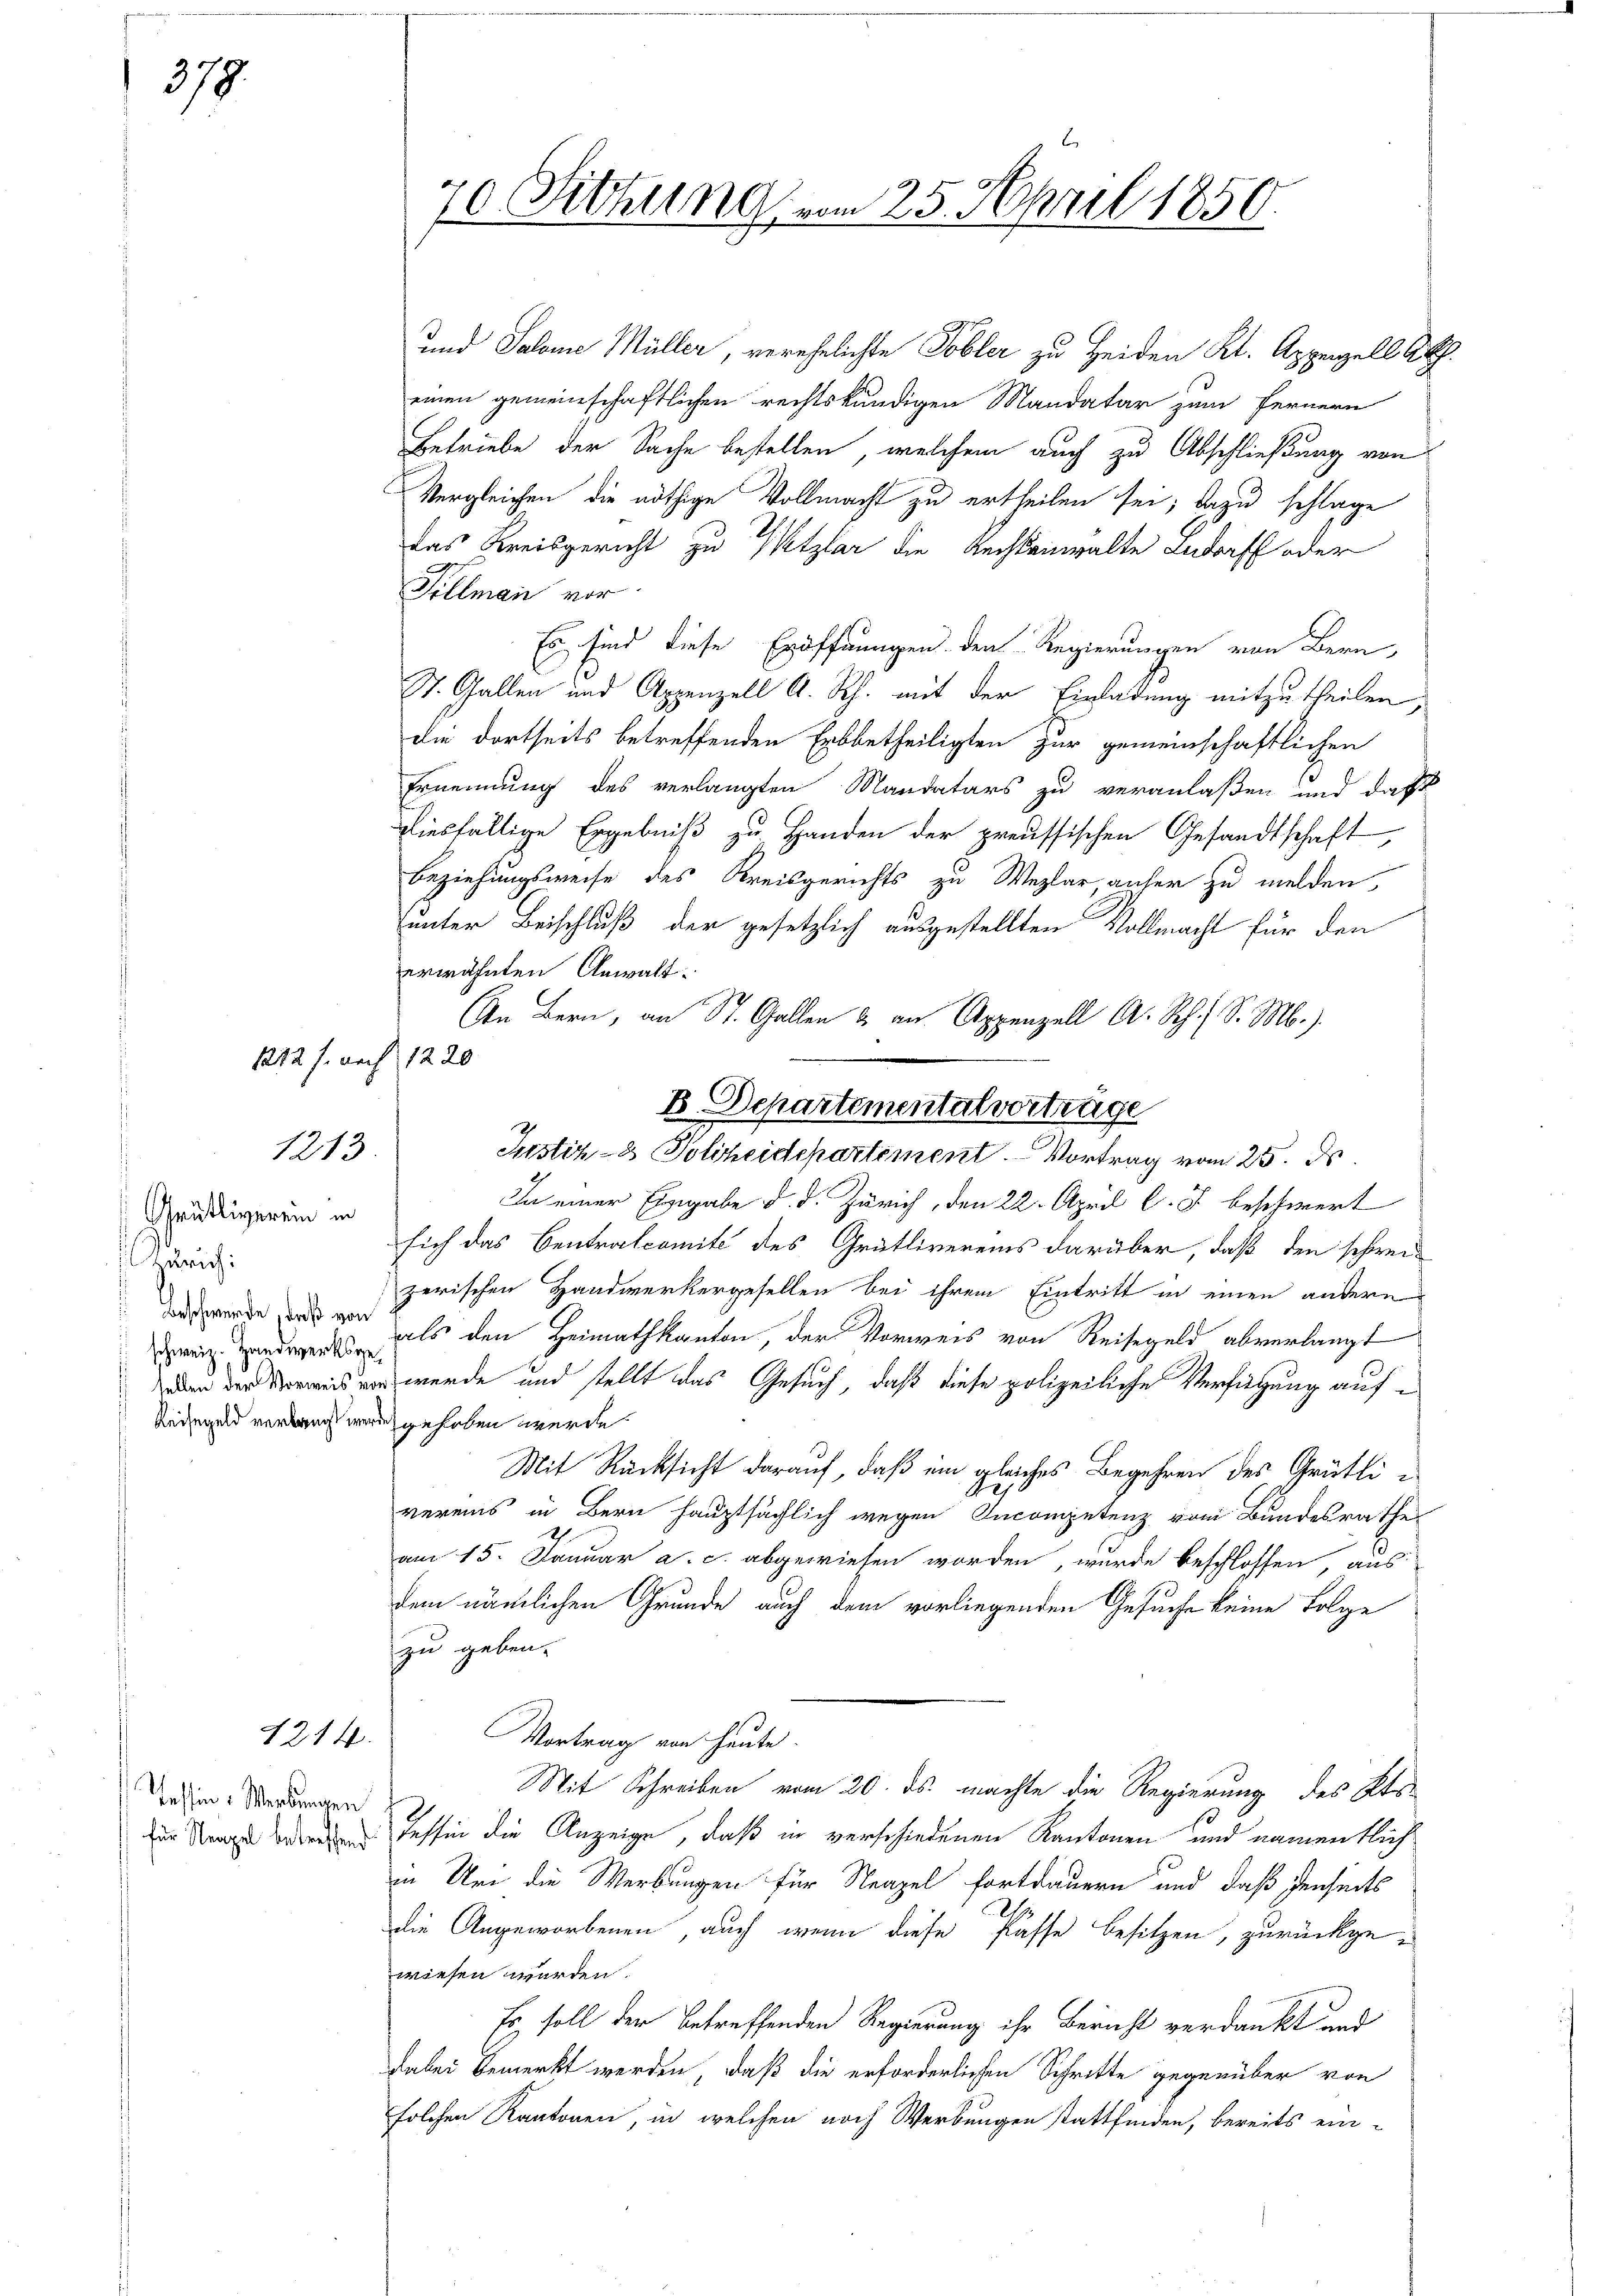
379

1212 s. noch 1220

Grütliverein in
drich
 Beschwerde, daß von

1214.

Tessin: Werbungen

und Salome Müller, verehelichte Tobler zu Heiden Kt. Appenzell A.
einen gemeinschaftlichen rechtskundigen Mandatar zum Fernern
Betriebe der Sache bestellen, welchem auch zu Abschließung von
Vergleichen die nöthige Vollmacht zu ertheilen sei; dazu schlage
das Kreisgericht zu Wetzlar die Rechteinwalte Aadorff oder
Sillmann vor
Es sind diese Eröffnungen den Regierungen von Bern,
St. Gallen und Appenzell A. Rh. mit der Einladung mitzutheilen,
die dortseits betreffenden Erbbetheiligten zur gemeinschaftlichen
Ernennung des verlangten Mandatars zu veranlaßen und daß
diesfällige Ergebniß zu Handen der preussischen Gesandtschaft
Beziehungsweise des Kreisgerichts zu Weglar, anher zu melden,
unter Beschluß der gesetzlich ausgestellten Vollmacht für den
erwähnten Anwalt.
In einer Eingabe d. d. Zürich, den 22. April l. J. beschwert
sich das Centralcomité des Grütlivereins darüber, daß den schweizerischen Handwerkergesellen bei ihrem Eintritt in einen andern
Zweigendwerk als den Heimathkanton, der Vorweis von Reisegeld abverlangt
n der Verweis von werde und stellt das Gesuch, daß diese polizeiliche Verfügung auf¬
Reisegeld verbrecht werde gehoben werde
Mit Rücksicht darauf, daß ein gleiches Begehren des Grütlid
vereins in Bern hauptsächlich wegen Incompetenz vom Bundesrathes
am 15. Januar a. c. abgewiesen worden, wurde beschlossen, aus
dem nämlichen Grunde auch dem vorliegenden Gesuche keine Folge
zu geben.
Vortrag von heute.
Mit Schreiben vom 20. ds. machte die Regierung des Kts.
der Staat der Tessin die Anzeige, daß in verschiedenen Kantonen und namentlich
in Uri die Werbungen für Neapel fortdauern und daß denseits
C
die Angeworbenen, auch wenn diese Pässe besitzen, zurückgewiesen wurden.
Es soll der betreffenden Regierung ihr Bericht verdankt und
dabei bemerkt werden, daß die erforderlichen Schritte gegenüber von
solchen Kantonen, in welchen noch Werbungen stattfinden, bereits ein¬

St. Gallen an Appenzell A. S. S. M.)
B. Departementalvertrage
1213. Instiz- & Polizeidepartement. Vortrag vom 25. ds.

70 Fittung vom 25. April 1850.